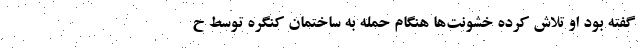
گفته بود او تلاش کرده خشونت‌ها هنگام حمله به ساختمان کنگره توسط ح